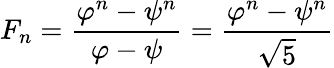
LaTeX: F_{n}={\frac{\varphi^{n}-\psi^{n}}{\varphi-\psi}}={\frac{\varphi^{n}-\psi^{n}}{\sqrt{5}}}